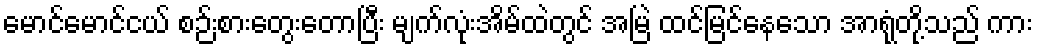
မောင်မောင်ငယ် စဉ်းစားတွေးတောပြီး မျက်လုံးအိမ်ထဲတွင် အမြဲ ထင်မြင်နေသော အာရုံတို့သည် ကား